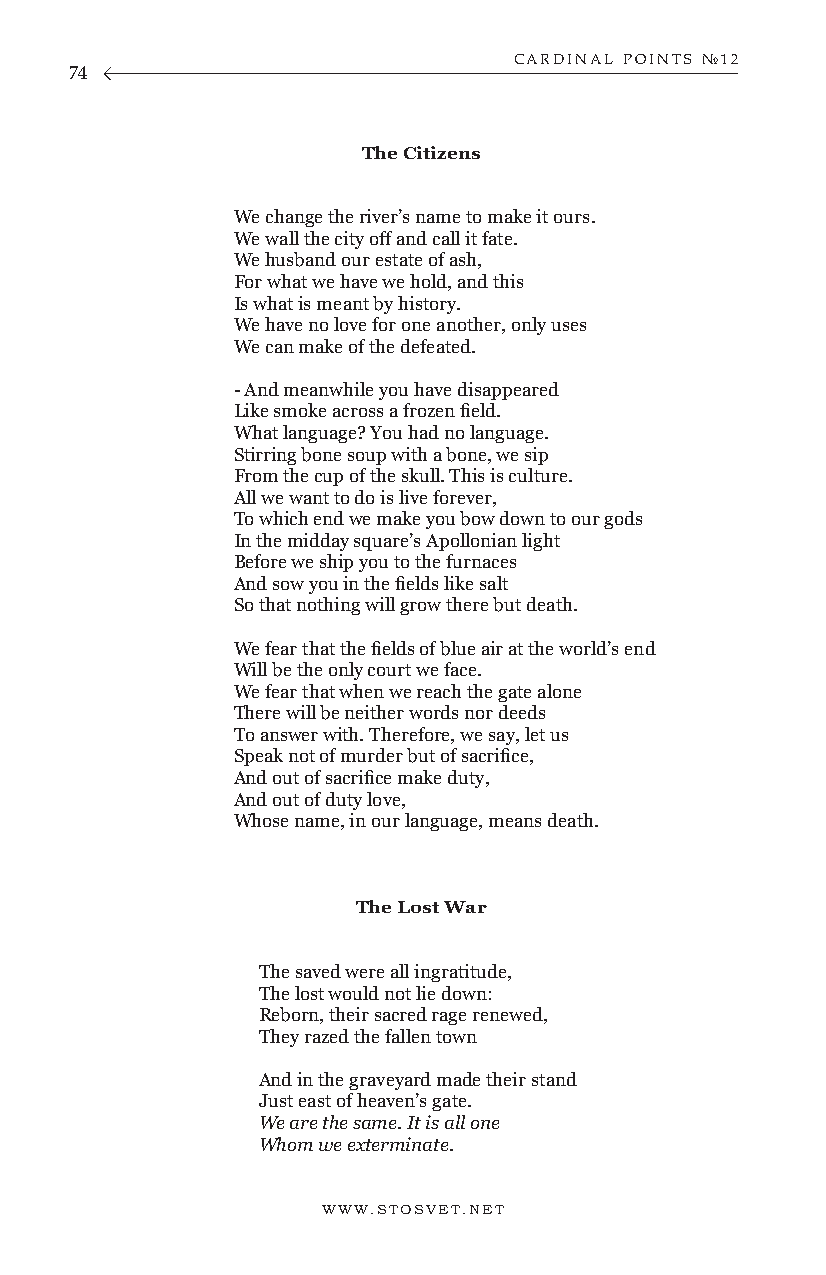
CARDINAL POINTS №12
 74
 The Citizens
 We change the river’s name to make it ours.
 We wall the city off and call it fate.
 We husband our estate of ash,
 For what we have we hold, and this
 Is what is meant by history.
 We have no love for one another, only uses
 We can make of the defeated.
 - And meanwhile you have disappeared
 Like smoke across a frozen field.
 What language? You had no language.
 Stirring bone soup with a bone, we sip
 From the cup of the skull. This is culture.
 All we want to do is live forever,
 To which end we make you bow down to our gods
 In the midday square’s Apollonian light
 Before we ship you to the furnaces
 And sow you in the fields like salt
 So that nothing will grow there but death.
 We fear that the fields of blue air at the world’s end
 Will be the only court we face.
 We fear that when we reach the gate alone
 There will be neither words nor deeds
 To answer with. Therefore, we say, let us
 Speak not of murder but of sacrifice,
 And out of sacrifice make duty,
 And out of duty love,
 Whose name, in our language, means death.
 The Lost War
 The saved were all ingratitude,
 The lost would not lie down:
 Reborn, their sacred rage renewed,
 They razed the fallen town
 And in the graveyard made their stand
 Just east of heaven’s gate.
 We are the same. It is all one
 Whom we exterminate.
 WWW.STOSVET.NET                                        WWW.STOSVET.NET